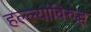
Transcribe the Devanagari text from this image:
हल्ल्यांविरुद्ध